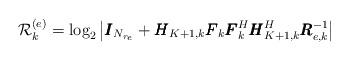
LaTeX: \begin{align*}\mathcal{R}_k^{(e)} = \log _2\left| \pmb{I}_{N_{r_e}} + \pmb{H}_{K+1,k}\pmb{F}_k\pmb{F}_k^H\pmb{H}_{K+1,k}^H\pmb{R}_{e,k}^{-1} \right|\end{align*}